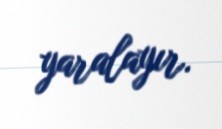
yaralayır.